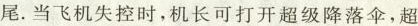
尾。当飞机失控时，机长可打开超级降落伞，超